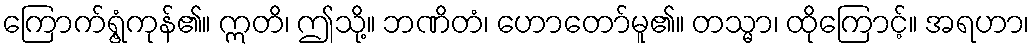
ကြောက်ရွံ့ကုန်၏။ ဣတိ၊ ဤသို့။ ဘဏိတံ၊ ဟောတော်မူ၏။ တသ္မာ၊ ထိုကြောင့်။ အရဟာ၊